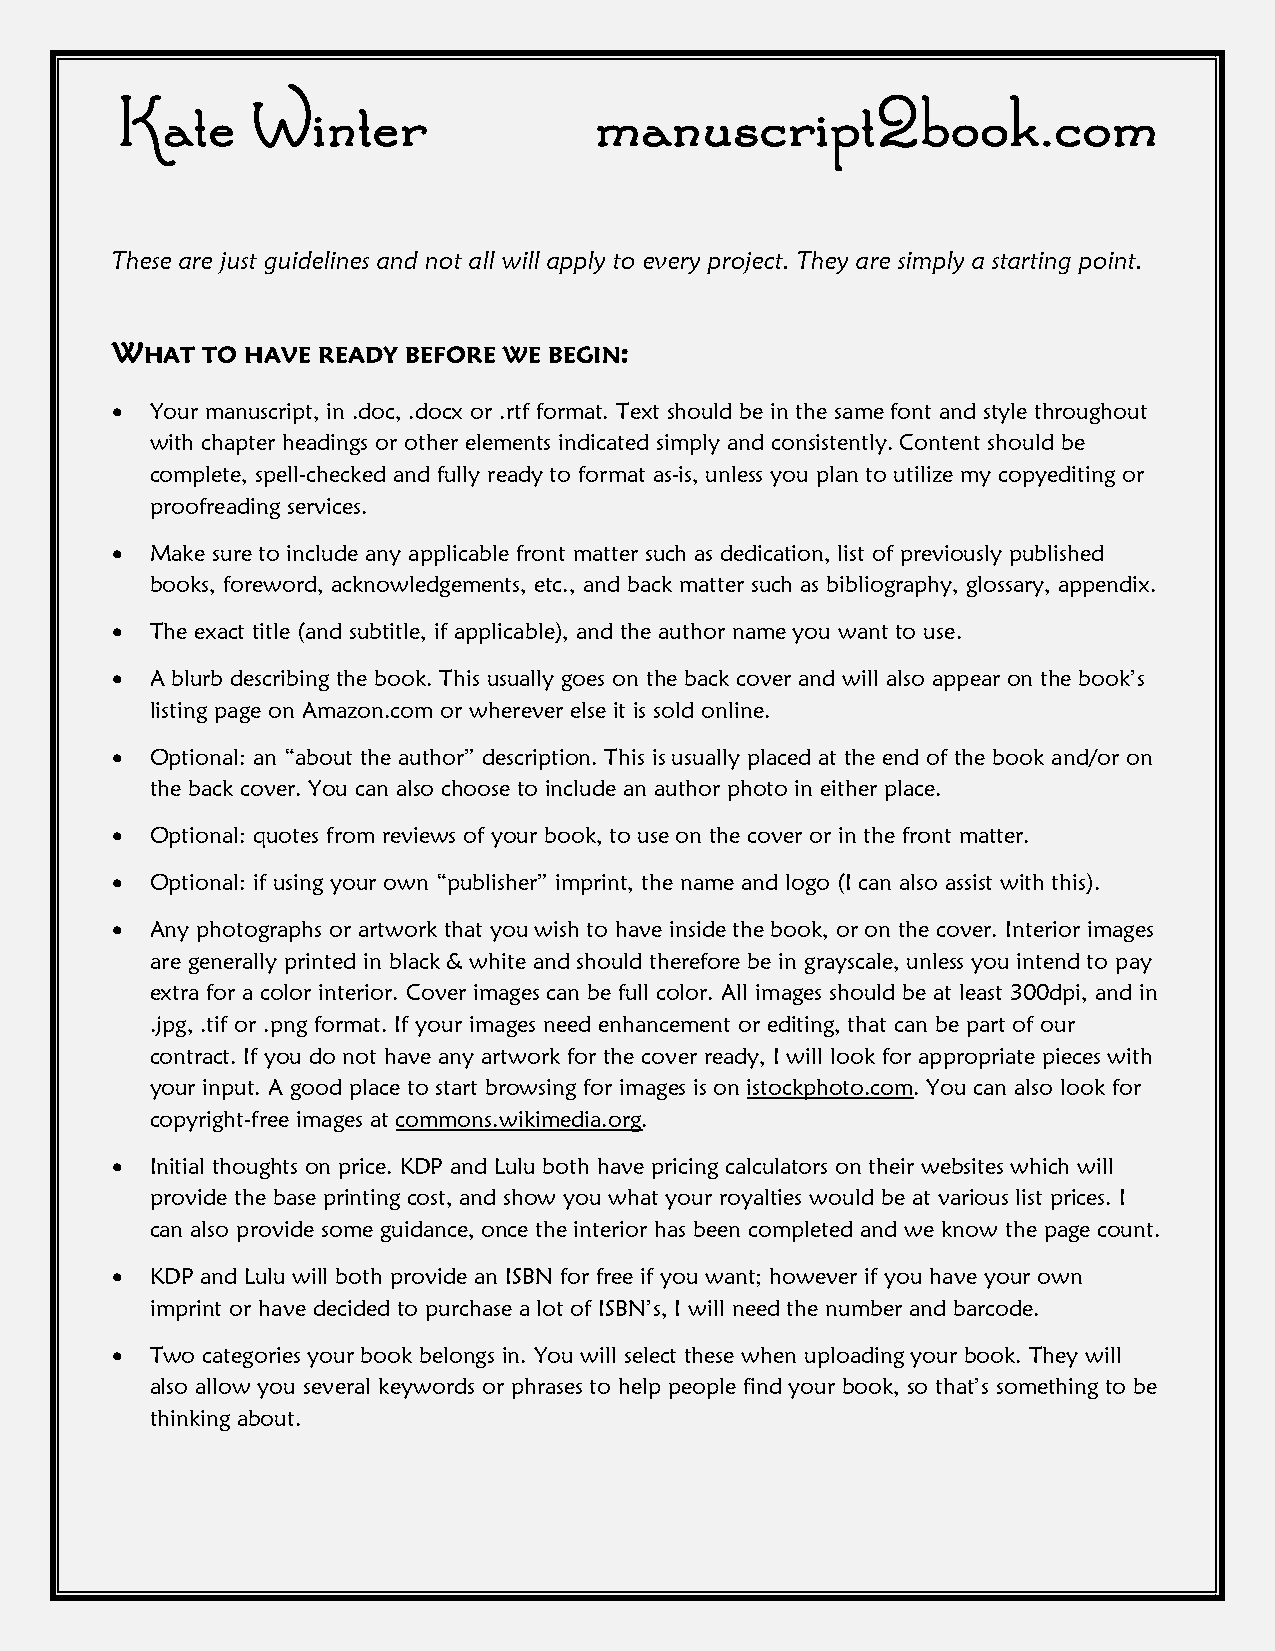
Kate     Winter                manuscript2book.com
 These are just guidelines and not all will apply to every project. They are simply a starting point.
 WHAT  TO HAVE READY BEFORE WE BEGIN:
   Your manuscript, in .doc, .docx or .rtf format. Text should be in the same font and style throughout
 with chapter headings or other elements indicated simply and consistently. Content should be
 complete, spell-checked and fully ready to format as-is, unless you plan to utilize my copyediting or
 proofreading services.
   Make sure to include any applicable front matter such as dedication, list of previously published
 books, foreword, acknowledgements, etc., and back matter such as bibliography, glossary, appendix.
   The exact title (and subtitle, if applicable), and the author name you want to use.
   A blurb describing the book. This usually goes on the back cover and will also appear on the book’s
 listing page on Amazon.com or wherever else it is sold online.
   Optional: an “about the author” description. This is usually placed at the end of the book and/or on
 the back cover. You can also choose to include an author photo in either place.
   Optional: quotes from reviews of your book, to use on the cover or in the front matter.
   Optional: if using your own “publisher” imprint, the name and logo (I can also assist with this).
   Any photographs or artwork that you wish to have inside the book, or on the cover. Interior images
 are generally printed in black & white and should therefore be in grayscale, unless you intend to pay
 extra for a color interior. Cover images can be full color. All images should be at least 300dpi, and in
 .jpg, .tif or .png format. If your images need enhancement or editing, that can be part of our
 contract. If you do not have any artwork for the cover ready, I will look for appropriate pieces with
 your input. A good place to start browsing for images is on istockphoto.com. You can also look for
 copyright-free images at commons.wikimedia.org.
   Initial thoughts on price. KDP and Lulu both have pricing calculators on their websites which will
 provide the base printing cost, and show you what your royalties would be at various list prices. I
 can also provide some guidance, once the interior has been completed and we know the page count.
   KDP and Lulu will both provide an ISBN for free if you want; however if you have your own
 imprint or have decided to purchase a lot of ISBN’s, I will need the number and barcode.
   Two categories your book belongs in. You will select these when uploading your book. They will
 also allow you several keywords or phrases to help people find your book, so that’s something to be
 thinking about.